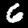
Label: 6